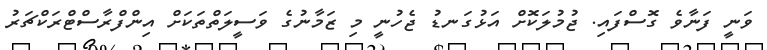
ވަނީ ފަނާވެ ގޮސްފައި. ޖުމުލަކޮށް އަޅުގަނޑު ޖެހުނީ މި ޒަމާނުގެ ވަސީލަތްތަކަށް އިންފްރާސްޓްރަކްޗަރު